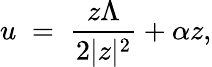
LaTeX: u\; =\; \frac{z\Lambda}{2|z|^{2}}+\alpha z,